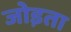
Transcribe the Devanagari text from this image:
जोड़ता